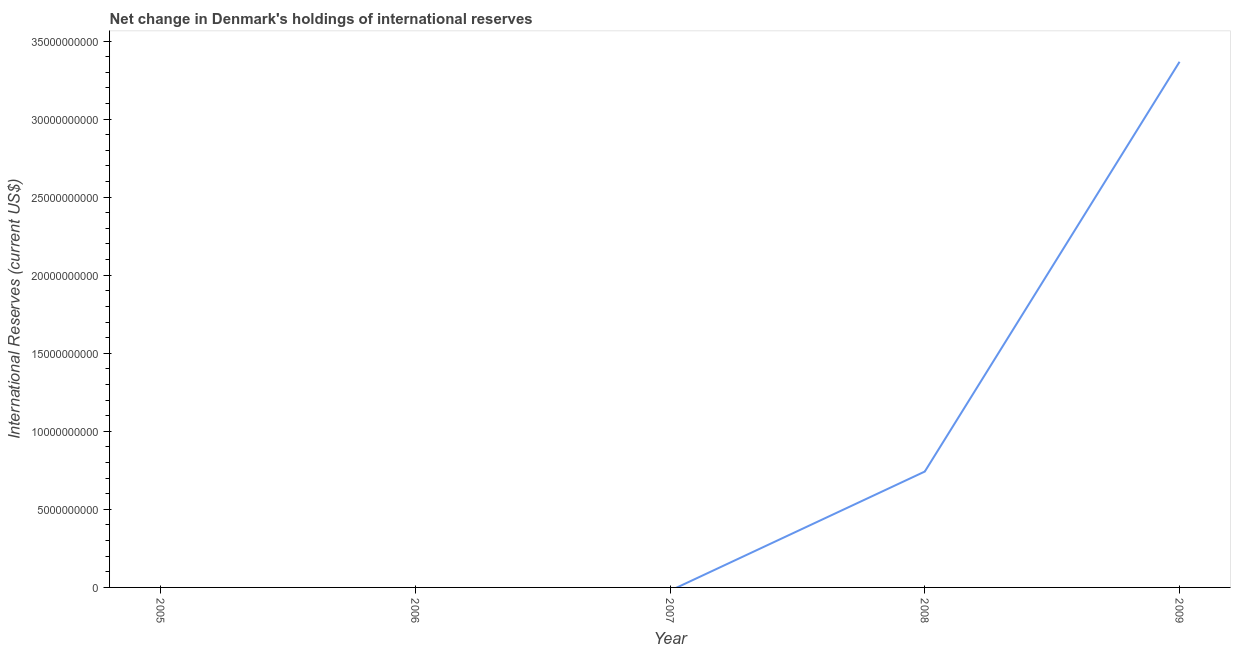
| Year | Reserves and related items |
 | --- | --- |
 | 2005 | -1.51e+09 |
 | 2006 | -5.99e+09 |
 | 2007 | -2.1e+08 |
 | 2008 | 7.42e+09 |
 | 2009 | 3.37e+10 |